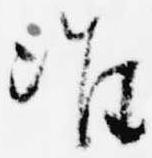
准